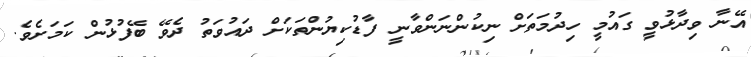
އޭނާ ވިދާޅުވީ ގައުމީ ހިދުމަތަށް ނިކުންނަންވާނީ ފާޑުކިޔުންތަކަށް ދައުވަތު ދެވޭ ބޭފުޅުން ކަމަށެވެ.